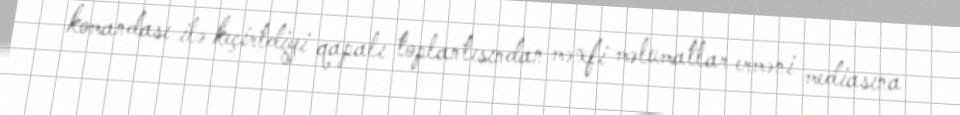
komandası ilə keçirtdiyi qapalı toplantısından məxfi məlumatlar erməni mediasına